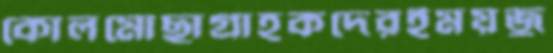
কোলমোছাগ্রাহকদেরইময়জু